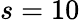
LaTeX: s=10